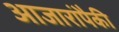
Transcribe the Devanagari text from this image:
आजारांपैकी